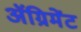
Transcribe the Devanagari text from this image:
ॲग्रिमेंट